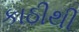
કાઠીથી